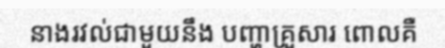
នាងរវល់ជាមួយនឹង បញ្ហាគ្រួសារ ពោលគឺ